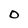
Character: O